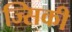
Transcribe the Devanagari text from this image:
ज्सिकी